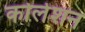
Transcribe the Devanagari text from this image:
कोलेशन